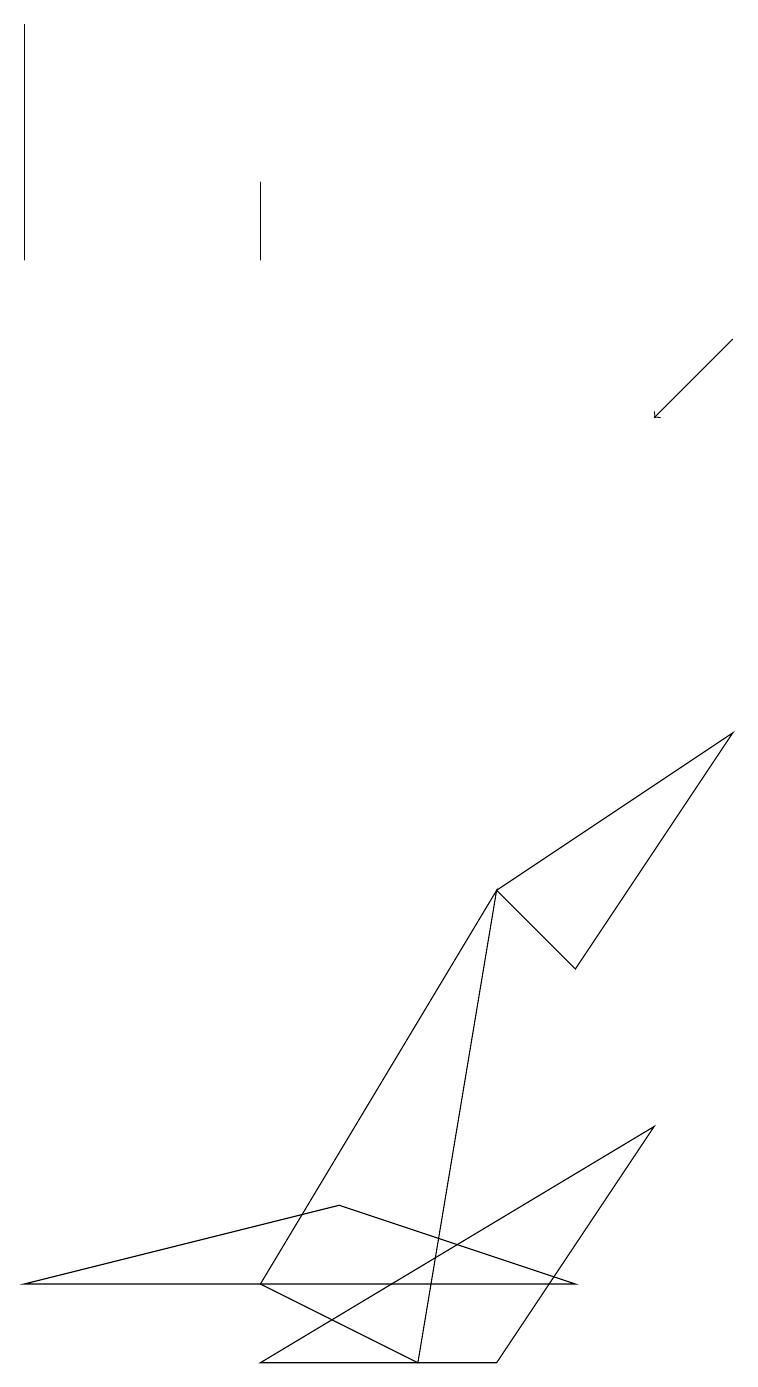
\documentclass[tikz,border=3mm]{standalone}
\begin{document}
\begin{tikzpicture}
\draw (3,15) rectangle (3,16);
\draw (3,1) -- (6,1) -- (8,4) -- cycle;
\draw (3,2) -- (5,1) -- (6,7) -- cycle;
\draw[->] (9,14) -- (8,13);
\draw (6,7) -- (9,9) -- (7,6) -- cycle;
\draw (0,15) rectangle (0,18);
\draw (7,2) -- (0,2) -- (4,3) -- cycle;
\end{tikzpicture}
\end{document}